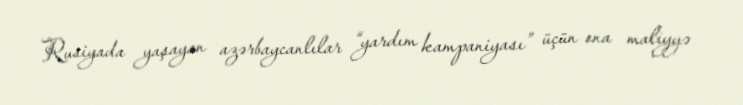
Rusiyada yaşayan azərbaycanlılar “yardım kampaniyası” üçün ona maliyyə